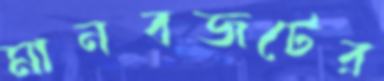
মানবজটের